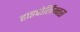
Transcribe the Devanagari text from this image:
हाइपोलिम्नस